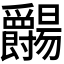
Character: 𬋺